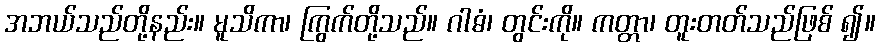
အဘယ်သည်တို့နည်း။ မူသိကာ၊ ကြွက်တို့သည်။ ဂါဓံ၊ တွင်းကို။ ကတ္တာ၊ တူးတတ်သည်ဖြစ် ၍။